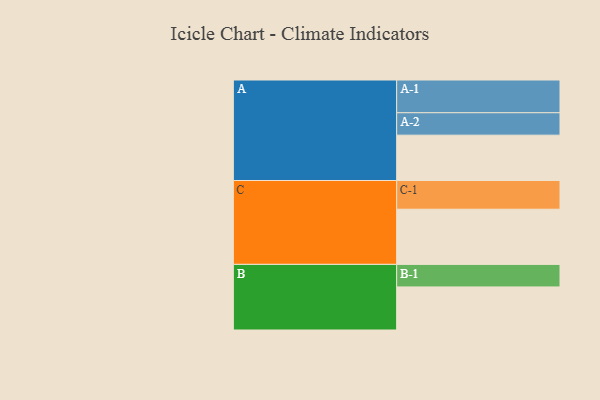
{"axis": {"x": "Segment", "y": "Value"}, "legend": ["", "A", "B", "C"], "data": [{"x": "A", "y": 360, "type": ""}, {"x": "B", "y": 342, "type": ""}, {"x": "C", "y": 438, "type": ""}, {"x": "A-1", "y": 260, "type": "A"}, {"x": "A-2", "y": 178, "type": "A"}, {"x": "B-1", "y": 179, "type": "B"}, {"x": "C-1", "y": 228, "type": "C"}]}